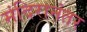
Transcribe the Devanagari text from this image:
मंदिरानंतर